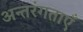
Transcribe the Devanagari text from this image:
अन्तरंगताएँ